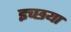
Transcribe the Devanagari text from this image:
इच्छया